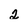
Character: 2